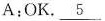
A;OK. \underline{5}